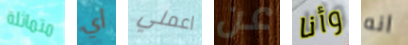
متماثلة أي اعملي عن وأنا انه